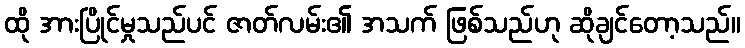
ထို အားပြိုင်မှုသည်ပင် ဇာတ်လမ်း၏ အသက် ဖြစ်သည်ဟု ဆိုချင်တော့သည်။